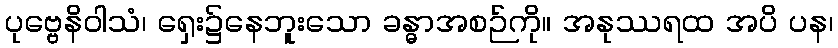
ပုဗ္ဗေနိဝါသံ၊ ရှေး၌နေဘူးသော ခန္ဓာအစဉ်ကို။ အနုဿရထ အပိ ပန၊